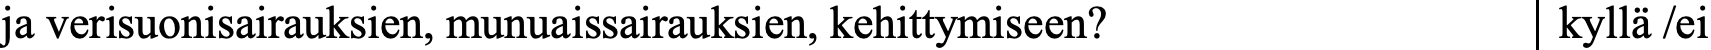
ja verisuonisairauksien, munuaissairauksien, kehittymiseen? kyllä /ei